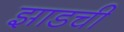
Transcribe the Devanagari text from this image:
झाडची